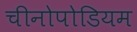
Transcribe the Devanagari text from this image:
चीनोपोडियम